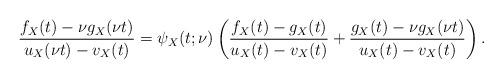
LaTeX: \begin{align*} \frac{f_X(t)-\nu g_X(\nu t)}{u_X(\nu t)-v_X(t)} = \psi_X(t;\nu) \left( \frac{f_X(t)-g_X(t)}{u_X(t)-v_X(t)} + \frac{g_X(t)-\nu g_X(\nu t)}{u_X(t)-v_X(t)} \right).\end{align*}